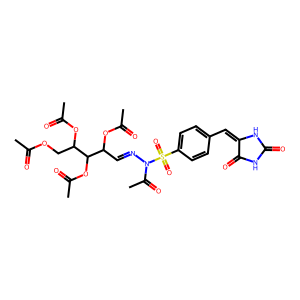
SMILES: CC(=O)OCC(OC(C)=O)C(OC(C)=O)C(C=NN(C(C)=O)S(=O)(=O)c1ccc(C=C2NC(=O)NC2=O)cc1)OC(C)=O
Inhibits HIV replication: No